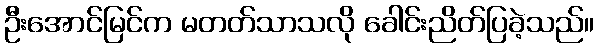
ဦးအောင်မြင်က မတတ်သာသလို ခေါင်းညိတ်ပြခဲ့သည်။